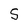
Character: S